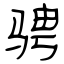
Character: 骋